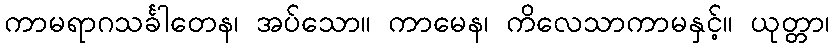
ကာမရာဂသင်္ခါတေန၊ အပ်သော။ ကာမေန၊ ကိလေသာကာမနှင့်။ ယုတ္တာ၊